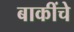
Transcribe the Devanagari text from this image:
बाकींचे